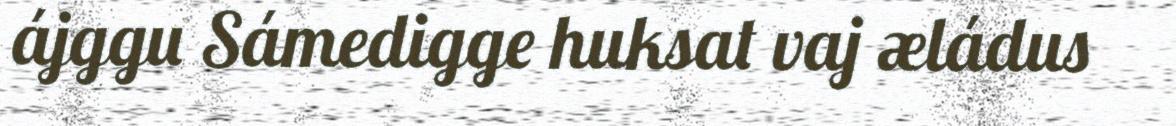
ájggu Sámedigge huksat vaj æládus